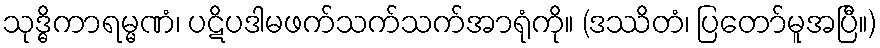
သုဒ္ဓိကာရမ္မဏံ၊ ပဋိပဒါမဖက်သက်သက်အာရုံကို။ (ဒဿိတံ၊ ပြတော်မူအပြီ။)